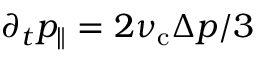
\partial _ { t } p _ { \| } = 2 \nu _ { \mathrm { c } } \Delta p / 3